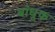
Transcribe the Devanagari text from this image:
बांधूक